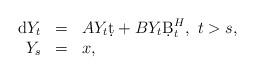
LaTeX: \begin{align*}\begin{array}{rcl}{\rm d} Y_t&=&AY_t\d t+BY_t\d B^H_t,\ t>s,\\Y_s&=&x,\end{array}\end{align*}